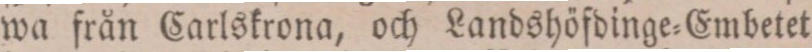
wa från Carlskrona, och Landshöfdinge=Embetet